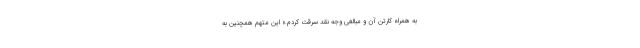
به همراه کارتن آن و مبالغی وجه نقد سرقت کردم.» این متهم همچنین به